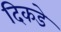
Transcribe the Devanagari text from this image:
दिकडे